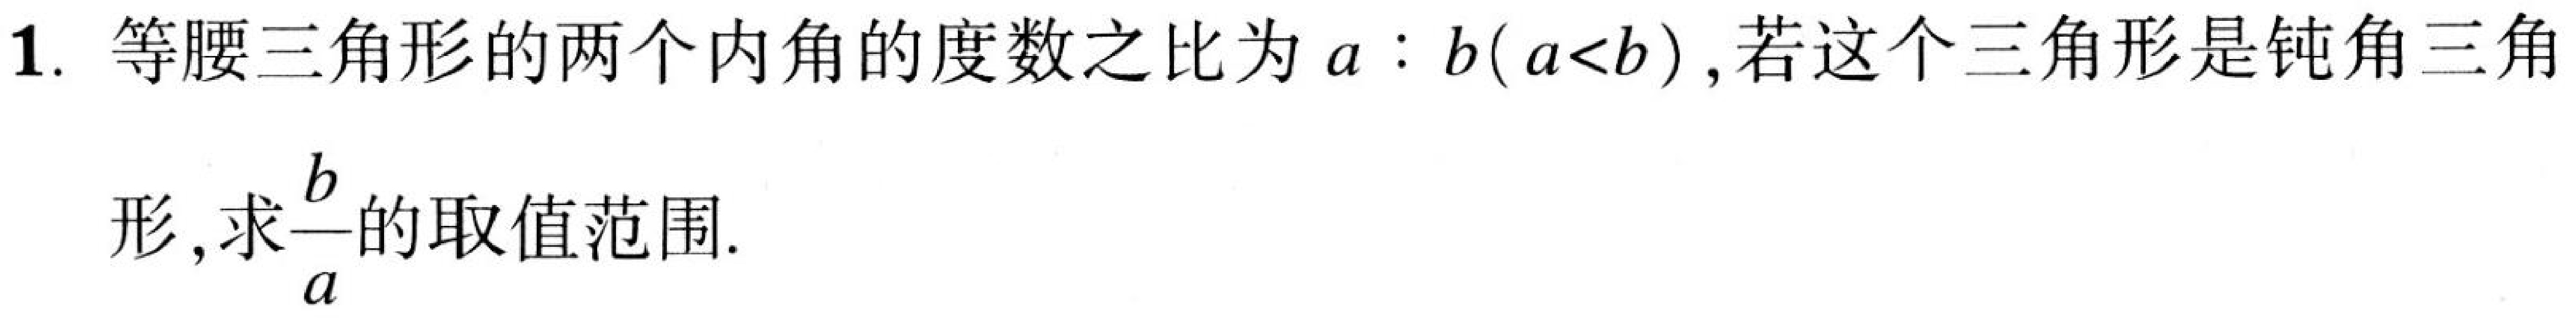
1. 等腰三角形的两个内角的度数之比为 \(a:b(a < b)\)，若这个三角形是钝角三角形，求\(\frac{b}{a}\)的取值范围.